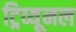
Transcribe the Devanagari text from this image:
ट्रिव्यूनल